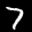
Label: 7